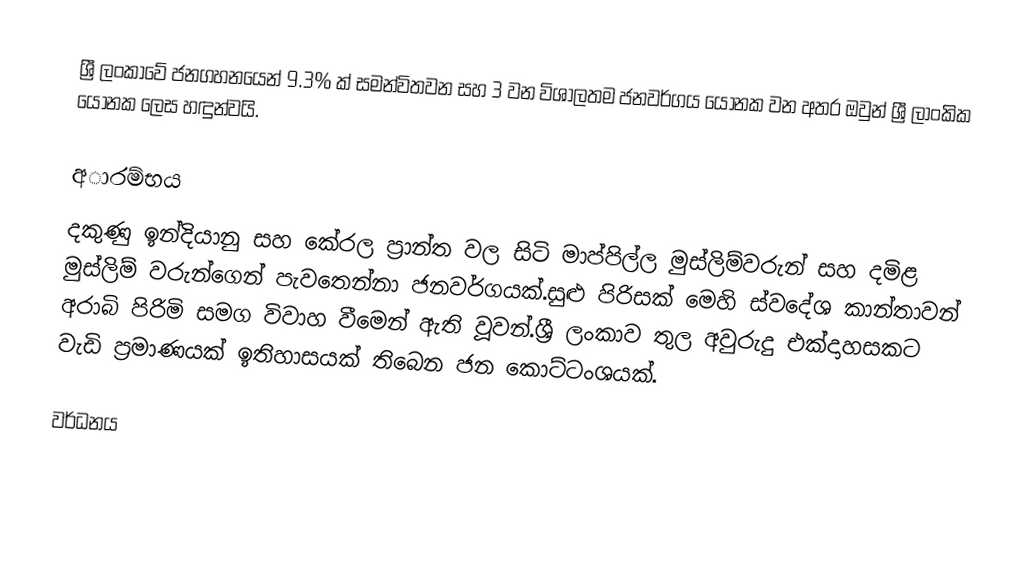
ශ්‍රී ලංකාවේ ජනගහනයෙන් 9.3% ක් සමන්විතවන සහ 3 වන විශාලතම ජනවර්ගය යෝනක වන අතර ඔවුන් ශ්‍රී ලාංකික යෝනක  ලෙස හඳුන්වයි.

අාරම්භය
දකුණු ඉන්දියානු සහ කේරල ප්‍රාන්ත වල සිටි මාප්පිල්ල මුස්ලිම්වරුන් සහ දමිළ මුස්ලිම් වරුන්ගෙන් පැවතෙන්නා  ජනවර්ගයක්.සුළු පිරිසක් මෙහි ස්වදේශ කාන්තාවන් අරාබි පිරිමි සමග විවාහ වීමෙන් ඇති වූවන්.ශ්‍රී ලංකාව තුල අවුරුදු එක්දාහසකට වැඩි ප්‍රමාණයක් ඉතිහාසයක්‌ තිබෙන ජන කොට්ටංශයක්.

වර්ධනය